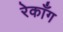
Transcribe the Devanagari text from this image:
रेकाँग